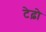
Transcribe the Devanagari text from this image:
टेढ़ो